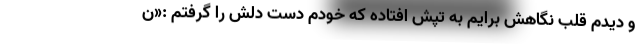
و دیدم قلب نگاهش برایم به تپش افتاده که خودم دست دلش را گرفتم :«ن